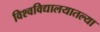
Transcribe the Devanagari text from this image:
विश्वविद्यालयातल्या